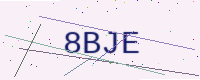
Text: 8BJE